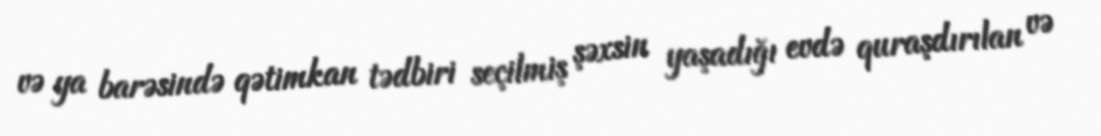
və ya barəsində qətimkan tədbiri seçilmiş şəxsin yaşadığı evdə quraşdırılan və